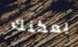
يمكنك